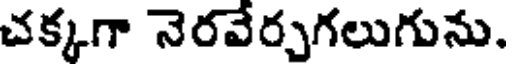
చక్కగా నెరవేర్చుగలుగును.